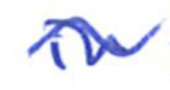
Text: in
Cross-out: wave
Writing tool: ballpoint